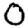
Digit: 0